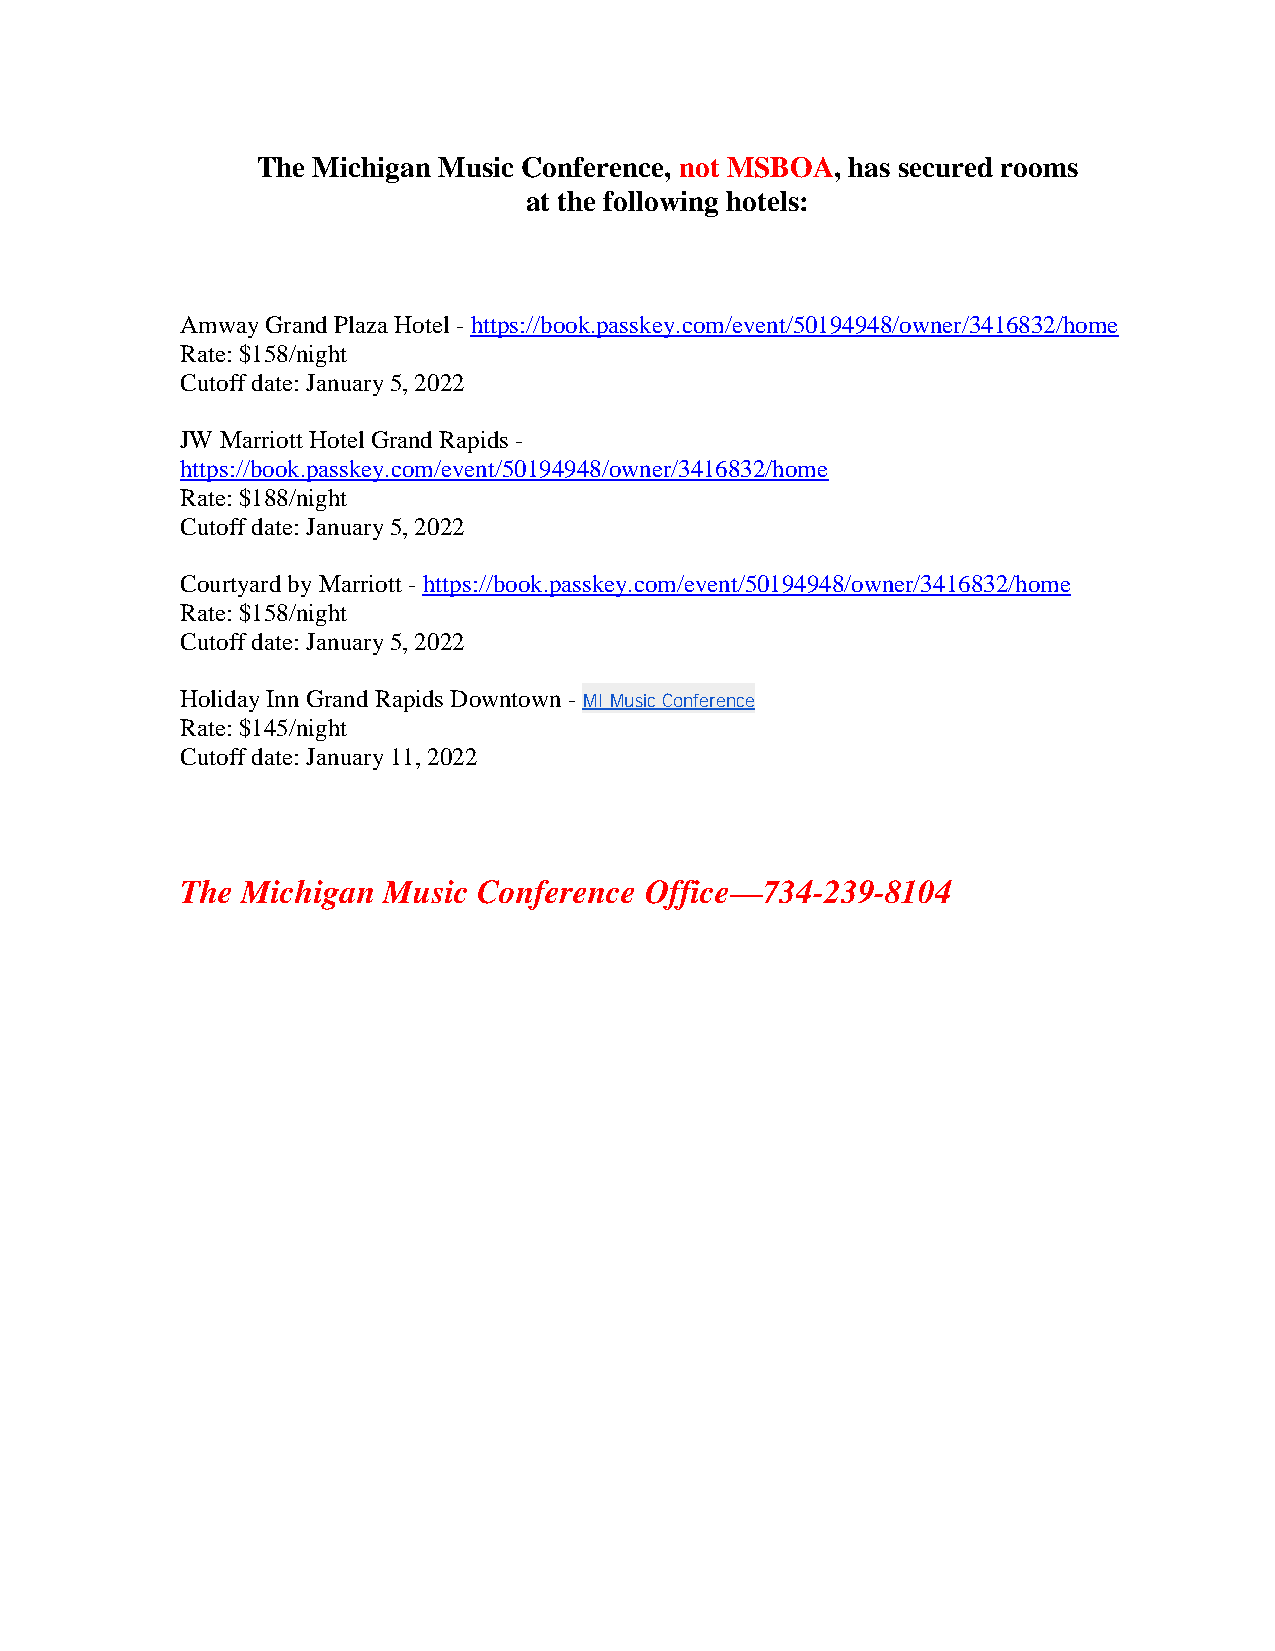
The Michigan Music Conference, not MSBOA, has secured rooms
 at the following hotels:
 Amway Grand Plaza Hotel -https://book.passkey.com/event/50194948/owner/3416832/home
 Rate: $158/night
 Cutoff date: January 5, 2022
 JW Marriott Hotel Grand Rapids -
 https://book.passkey.com/event/50194948/owner/3416832/home
 Rate: $188/night
 Cutoff date: January 5, 2022
 Courtyard by Marriott -https://book.passkey.com/event/50194948/owner/3416832/home
 Rate: $158/night
 Cutoff date: January 5, 2022
 Holiday Inn Grand Rapids Downtown -
 MI Music Conference
 Rate: $145/night
 Cutoff date: January 11, 2022
 The Michigan Music  Conference Office—734-239-8104